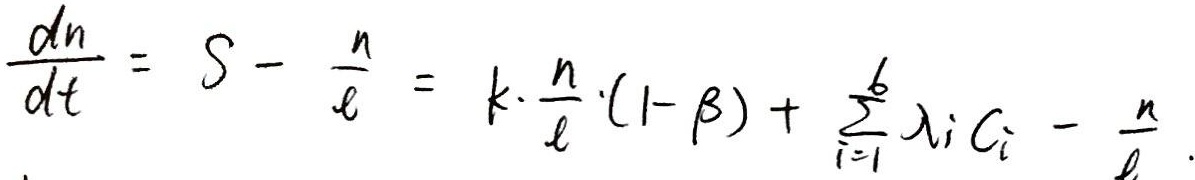
\[\frac{dn}{dt} = S - \frac{n}{\ell} = k\cdot\frac{n}{\ell}\cdot(1 - \beta) + \sum_{i = 1}^{6} \lambda_i C_i - \frac{n}{\ell}\]